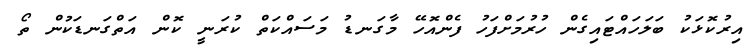
އިރުކޮޅަކު ބަލަހައްޓައިގެން ހުރުމަށްފަހު ފެންއޮހޭ މާގަނޑު މަސައްކަތް ކުރަނީ ކޮން އަތްގަނޑަކުން ތޯ